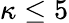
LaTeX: \kappa\leq 5